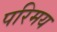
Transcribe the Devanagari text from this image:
परिमय